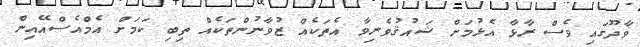
ވާދޫގައި ވެސް ރާޅާ އެޅުމަށް ޝައުޤުވެރިވާ އެތަކެއް ޒުވާނުންތަކެއް ތިބި ކަމަށް އެމްއެސްއޭއިން